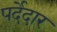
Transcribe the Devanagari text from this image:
पर्देदार